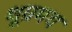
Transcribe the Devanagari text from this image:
धूम्रमय